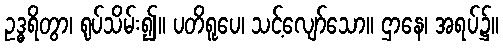
ဥဒ္ဓရိတွာ၊ ရုပ်သိမ်း၍။ ပတိရူပေ၊ သင့်လျော်သော။ ဌာနေ၊ အရပ်၌။